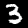
Label: 3